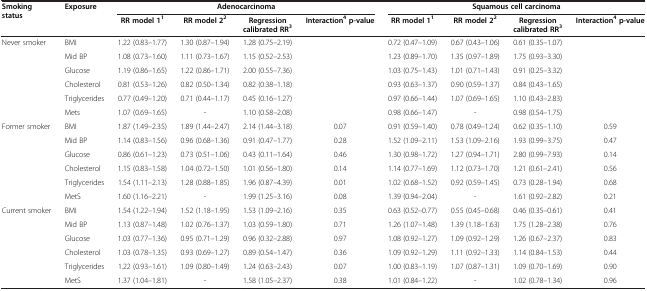
<table><thead><tr><td><b>Smoking status</b></td><td><b>Exposure</b></td><td colspan="4"><b>Adenocarcinoma</b></td><td colspan="4"><b>Squamous cell carcinoma</b></td></tr><tr><td><b> </b></td><td><b> </b></td><td><b>RR model 1<sup>1</sup></b></td><td><b>RR model 2<sup>2</sup></b></td><td><b>Regression calibrated RR<sup>3</sup></b></td><td><b>Interaction<sup>4</sup>p-value</b></td><td><b>RR model 1<sup>1</sup></b></td><td><b>RR model 2<sup>2</sup></b></td><td><b>Regression calibrated RR<sup>3</sup></b></td><td><b>Interaction<sup>4</sup>p-value</b></td></tr></thead><tbody><tr><td rowspan="6">Never smoker</td><td>BMI</td><td>1.22 (0.83–1.77)</td><td>1.30 (0.87–1.94)</td><td>1.28 (0.75–2.19)</td><td> </td><td>0.72 (0.47–1.09)</td><td>0.67 (0.43–1.06)</td><td>0.61 (0.35–1.07)</td><td> </td></tr><tr><td>Mid BP</td><td>1.08 (0.73–1.60)</td><td>1.11 (0.73–1.67)</td><td>1.15 (0.52–2.53)</td><td> </td><td>1.23 (0.89–1.70)</td><td>1.35 (0.97–1.89)</td><td>1.75 (0.93–3.30)</td><td> </td></tr><tr><td>Glucose</td><td>1.19 (0.86–1.65)</td><td>1.22 (0.86–1.71)</td><td>2.00 (0.55–7.36)</td><td> </td><td>1.03 (0.75–1.43)</td><td>1.01 (0.71–1.43)</td><td>0.91 (0.25–3.32)</td><td> </td></tr><tr><td>Cholesterol</td><td>0.81 (0.53–1.26)</td><td>0.82 (0.50–1.34)</td><td>0.82 (0.38–1.18)</td><td> </td><td>0.93 (0.63–1.37)</td><td>0.90 (0.59–1.37)</td><td>0.84 (0.43–1.65)</td><td> </td></tr><tr><td>Triglycerides</td><td>0.77 (0.49–1.20)</td><td>0.71 (0.44–1.17)</td><td>0.45 (0.16–1.27)</td><td> </td><td>0.97 (0.66–1.44)</td><td>1.07 (0.69–1.65)</td><td>1.10 (0.43–2.83)</td><td> </td></tr><tr><td>Mets</td><td>1.07 (0.69–1.65)</td><td>-</td><td>1.10 (0.58–2.08)</td><td> </td><td>0.98 (0.66–1.47)</td><td>-</td><td>0.98 (0.54–1.75)</td><td> </td></tr><tr><td rowspan="6">Former smoker</td><td>BMI</td><td>1.87 (1.49–2.35)</td><td>1.89 (1.44–2.47)</td><td>2.14 (1.44–3.18)</td><td>0.07</td><td>0.91 (0.59–1.40)</td><td>0.78 (0.49–1.24)</td><td>0.62 (0.35–1.10)</td><td>0.59</td></tr><tr><td>Mid BP</td><td>1.14 (0.83–1.56)</td><td>0.96 (0.68–1.36)</td><td>0.91 (0.47–1.77)</td><td>0.28</td><td>1.52 (1.09–2.11)</td><td>1.53 (1.09–2.16)</td><td>1.93 (0.99–3.75)</td><td>0.47</td></tr><tr><td>Glucose</td><td>0.86 (0.61–1.23)</td><td>0.73 (0.51–1.06)</td><td>0.43 (0.11–1.64)</td><td>0.46</td><td>1.30 (0.98–1.72)</td><td>1.27 (0.94–1.71)</td><td>2.80 (0.99–7.93)</td><td>0.14</td></tr><tr><td>Cholesterol</td><td>1.15 (0.83–1.58)</td><td>1.04 (0.72–1.50)</td><td>1.01 (0.56–1.80)</td><td>0.14</td><td>1.14 (0.77–1.69)</td><td>1.12 (0.73–1.70)</td><td>1.21 (0.61–2.41)</td><td>0.56</td></tr><tr><td>Triglycerides</td><td>1.54 (1.11–2.13)</td><td>1.28 (0.88–1.85)</td><td>1.96 (0.87–4.39)</td><td>0.01</td><td>1.02 (0.68–1.52)</td><td>0.92 (0.59–1.45)</td><td>0.73 (0.28–1.94)</td><td>0.68</td></tr><tr><td>MetS</td><td>1.60 (1.16–2.21)</td><td>-</td><td>1.99 (1.25–3.16)</td><td>0.08</td><td>1.39 (0.94–2.04)</td><td>-</td><td>1.61 (0.92–2.82)</td><td>0.21</td></tr><tr><td rowspan="5">Current smoker</td><td>BMI</td><td>1.54 (1.22–1.94)</td><td>1.52 (1.18–1.95)</td><td>1.53 (1.09–2.16)</td><td>0.35</td><td>0.63 (0.52–0.77)</td><td>0.55 (0.45–0.68)</td><td>0.46 (0.35–0.61)</td><td>0.41</td></tr><tr><td>Mid BP</td><td>1.13 (0.87–1.48)</td><td>1.02 (0.76–1.37)</td><td>1.03 (0.59–1.80)</td><td>0.71</td><td>1.26 (1.07–1.48)</td><td>1.39 (1.18–1.63)</td><td>1.75 (1.28–2.38)</td><td>0.76</td></tr><tr><td>Glucose</td><td>1.03 (0.77–1.36)</td><td>0.95 (0.71–1.29)</td><td>0.96 (0.32–2.88)</td><td>0.97</td><td>1.08 (0.92–1.27)</td><td>1.09 (0.92–1.29)</td><td>1.26 (0.67–2.37)</td><td>0.83</td></tr><tr><td>Cholesterol</td><td>1.03 (0.78–1.35)</td><td>0.93 (0.69–1.27)</td><td>0.89 (0.54–1.47)</td><td>0.36</td><td>1.09 (0.92–1.29)</td><td>1.11 (0.92–1.33)</td><td>1.14 (0.84–1.53)</td><td>0.44</td></tr><tr><td>Triglycerides</td><td>1.22 (0.93–1.61)</td><td>1.09 (0.80–1.49)</td><td>1.24 (0.63–2.43)</td><td>0.07</td><td>1.00 (0.83–1.19)</td><td>1.07 (0.87–1.31)</td><td>1.09 (0.70–1.69)</td><td>0.90</td></tr><tr><td> </td><td>MetS</td><td>1.37 (1.04–1.81)</td><td>-</td><td>1.58 (1.05–2.37)</td><td>0.38</td><td>1.01 (0.84–1.22)</td><td>-</td><td>1.02 (0.78–1.34)</td><td>0.96</td></tr></tbody></table>